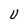
Character: U